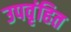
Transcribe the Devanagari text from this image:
उपवृंहित